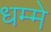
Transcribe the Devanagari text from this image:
धम्मे